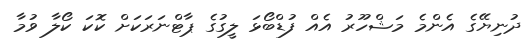
ދުނިޔޭގެ އެންމެ މަޝްހޫރު އެއް ފުޑްބޯޅަ ލީގުގެ ޕާޓްނަރަކަށް ކޮކަ ކޯލާ ވުމާ